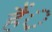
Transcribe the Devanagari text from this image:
हैं़